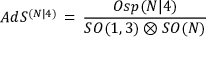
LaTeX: A d S ^ { ( N | 4 ) } \, = \, \frac { O s p ( N \vert 4 ) } { S O ( 1 , 3 ) \otimes S O ( N ) }